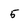
Character: 5